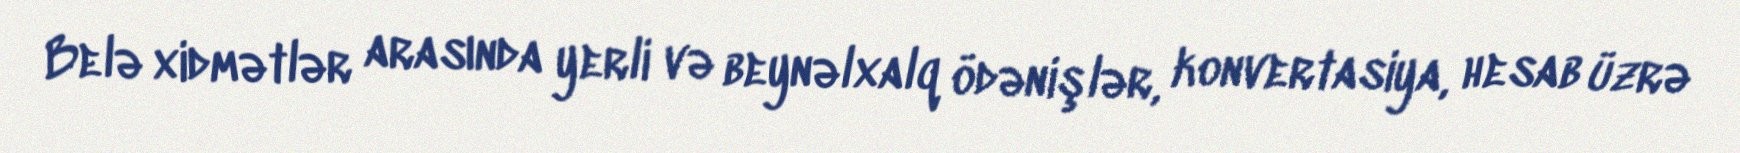
Belə xidmətlər arasında yerli və beynəlxalq ödənişlər, konvertasiya, hesab üzrə